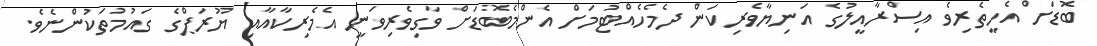
ބޮޑަށް އެހީތެރިވެ އިސްރާއީލުގެ އަނިޔާވެރިކަން ދެމެހެއްޓުމަށް އެންމެބޮޑަށް ވާގިވެރިވަނީ އެމެރިކާއާއި ޔޫރަޕްގެ ގައުމުތަކުންނެވެ.